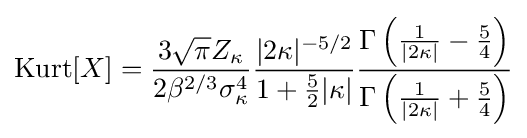
\operatorname {Kurt} [X]={\frac {3{\sqrt {\pi }}Z_{\kappa }}{2\beta ^{2/3}\sigma _{\kappa }^{4}}}{\frac {|2\kappa |^{-5/2}}{1+{\frac {5}{2}}|\kappa |}}{\frac {\Gamma \left({\frac {1}{|2\kappa |}}-{\frac {5}{4}}\right)}{\Gamma \left({\frac {1}{|2\kappa |}}+{\frac {5}{4}}\right)}}